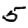
Digit: 5